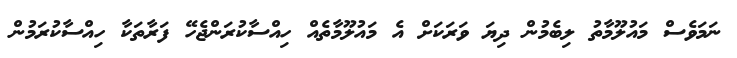
ނަމަވެސް މައުލޫމާތު ލިބެމުން ދިޔަ ވަރަކަށް އެ މައުލޫމާތެއް ހިއްސާކުރަންޖެހޭ ފަރާތަކާ ހިއްސާކުރަމުން